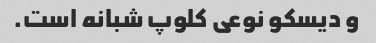
و دیسکو نوعی کلوپ شبانه است.